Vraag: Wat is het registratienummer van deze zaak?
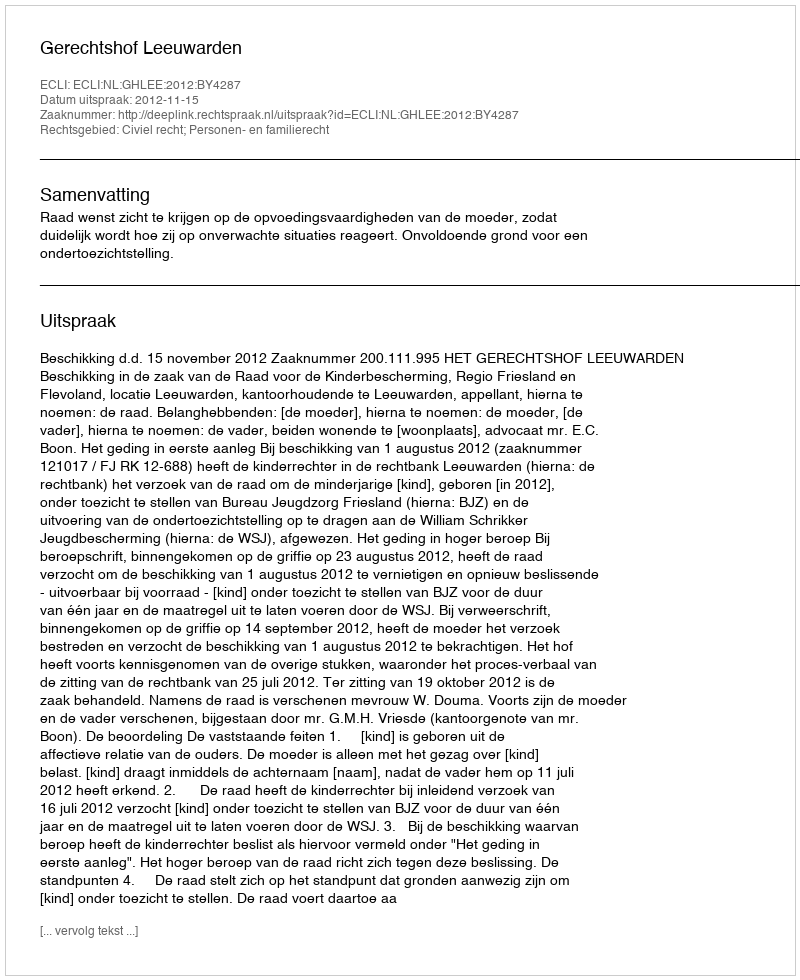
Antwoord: http://deeplink.rechtspraak.nl/uitspraak?id=ECLI:NL:GHLEE:2012:BY4287